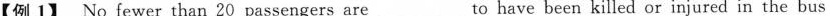
【例 1】 No fewer than 20 passengers are_to have been killed or injured in the bus